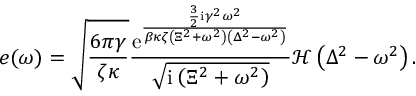
e ( \omega ) = \sqrt { \frac { 6 \pi \gamma } { \zeta \kappa } } \frac { { \mathrm e } ^ { \frac { \frac { 3 } { 2 } \mathrm { i } \gamma ^ { 2 } \omega ^ { 2 } } { \beta \kappa \zeta \left( \Xi ^ { 2 } + \omega ^ { 2 } \right) \left( \Delta ^ { 2 } - \omega ^ { 2 } \right) } } } { \sqrt { \mathrm { i } \left( \Xi ^ { 2 } + \omega ^ { 2 } \right) } } \mathcal { H } \left( \Delta ^ { 2 } - \omega ^ { 2 } \right) .